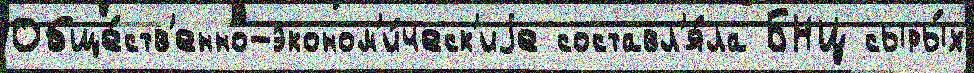
Обще́ств'енно-эконом'и́ческ'иjе составл'я́ла БНЦ сыры́х